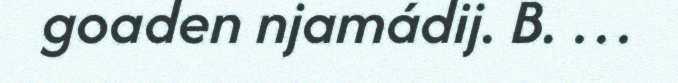
goaden njamádij. B. …